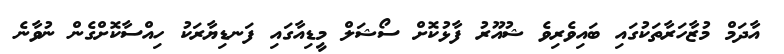
އާދަމް މުޒާހަރާތަކުގައި ބައިވެރިވެ ޝުއޫރު ފާޅުކޮށް ސޯޝަލް މީޑިއާގައި ފަނޑިޔާރަކު ހިއްސާކޮށްގެން ނުވާނެ